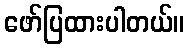
ဖော်ပြထားပါတယ်။